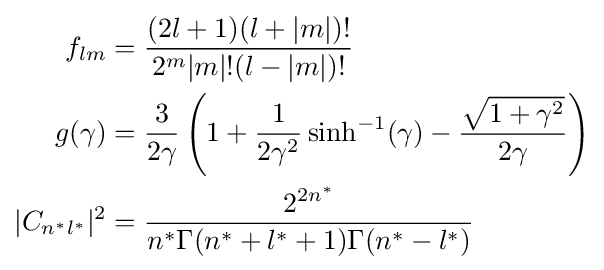
{\begin{aligned}f_{lm}&={\frac {(2l+1)(l+|m|)!}{2^{m}|m|!(l-|m|)!}}\\g(\gamma )&={\frac {3}{2\gamma }}\left(1+{\frac {1}{2\gamma ^{2}}}\sinh ^{-1}(\gamma )-{\frac {\sqrt {1+\gamma ^{2}}}{2\gamma }}\right)\\|C_{n^{*}l^{*}}|^{2}&={\frac {2^{2n^{*}}}{n^{*}\Gamma (n^{*}+l^{*}+1)\Gamma (n^{*}-l^{*})}}\end{aligned}}